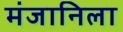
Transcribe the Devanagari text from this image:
मंजानिला